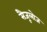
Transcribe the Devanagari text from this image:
सैजूलोज